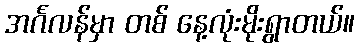
အင်္ဂလန်မှာ တစ် နေ့လုံးမိုးရွာတယ်။